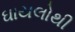
ઘાયલોથી